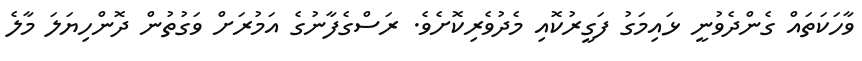
ވާހަކަތައް ގެންދެވުނީ ޅައިމަގު ފަގީރުކޮއި މެދުވެރިކޮށެވެ. ރަސްގެފާނުގެ އަމުރަށް ވަގުތުން ދޮންހިޔަލަ މާލެ